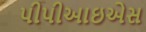
પીપીઆઇએસ